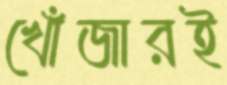
খোঁজারই